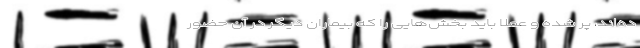
ده‌اند، پر شده و عملا باید بخش‌هایی را که بیماران دیگر در آن حضور